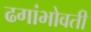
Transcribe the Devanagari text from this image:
ढगांभोवती